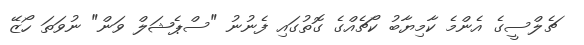
ޗެލްސީގެ އެންމެ ކާމިޔާބު ކޯޗެއްގެ ގޮތުގައި ފެނުނު "ސްޕެޝަލް ވަން" ނުވަތަ ހޯޒޭ